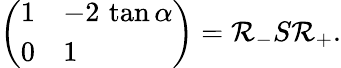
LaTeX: \left(\begin{array}{ll}{{1}}&{{-2\, \tan\alpha}}\\ {{0}}&{{1}}\end{array}\right)=\mathcal{R}_{-}S\mathcal{R}_{+}.